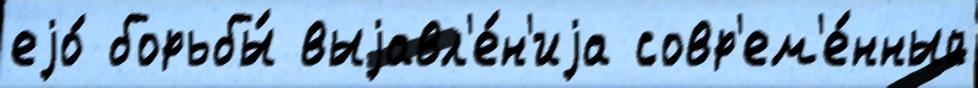
еjо́ борьбы́ выjавл'е́н'иjа совр'ем'е́нный